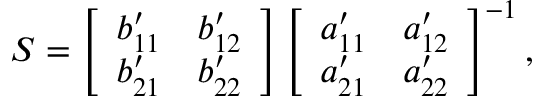
\boldsymbol { S } = \left[ \begin{array} { l l } { b _ { 1 1 } ^ { \prime } } & { b _ { 1 2 } ^ { \prime } } \\ { b _ { 2 1 } ^ { \prime } } & { b _ { 2 2 } ^ { \prime } } \end{array} \right] \left[ \begin{array} { l l } { a _ { 1 1 } ^ { \prime } } & { a _ { 1 2 } ^ { \prime } } \\ { a _ { 2 1 } ^ { \prime } } & { a _ { 2 2 } ^ { \prime } } \end{array} \right] ^ { - 1 } ,